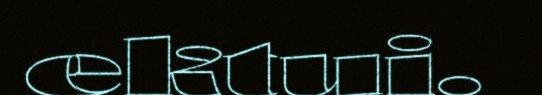
ektui.